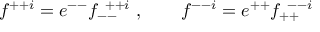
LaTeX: f ^ { + + i } = e ^ { -- } f _ { -- } ^ { ~ + + i } ~ , \qquad f ^ { -- i } = e ^ { + + } f _ { + + } ^ { ~ -- i }